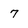
Character: 7